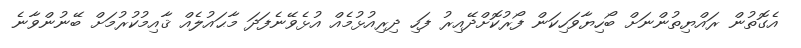
އެގޮތުން ރައްޔިތުންނަށް ބޯހިޔާވަހިކަން ފޯރުކޮށްދޭއިރު ފަހި ދިރިއުޅުމެއް އުޅެވޭނެފަދަ މާޙައުލެއް ޤާއިމުކުރުމަށް ބޭނުންވާނެ